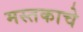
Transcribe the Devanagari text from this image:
मस्तकाचे